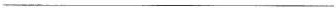
___